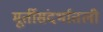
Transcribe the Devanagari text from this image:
मूर्तीसंदर्भातली